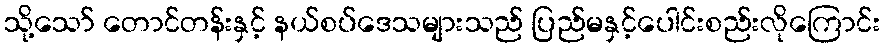
သို့သော် တောင်တန်းနှင့် နယ်စပ်ဒေသများသည် ပြည်မနှင့်ပေါင်းစည်းလိုကြောင်း